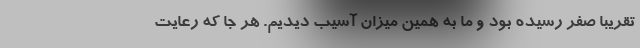
تقریباً صفر رسیده بود و ما به همین میزان آسیب دیدیم. هر جا که رعایت